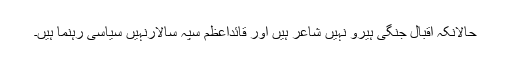
حالانکہ اقبال جنگی ہیرو نہیں شاعر ہیں اور قائداعظم سپہ سالارنہیں سیاسی رہنما ہیں۔